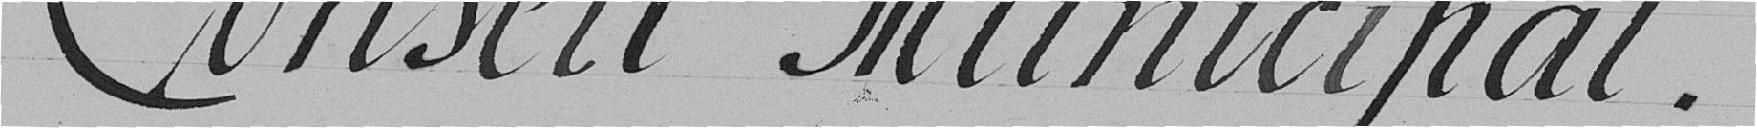
Conseil Municipal .